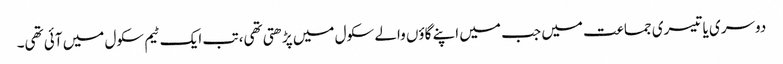
دوسری یا تیسری جماعت میں جب میں اپنے گاؤں والے سکول میں پڑھتی تھی، تب ایک ٹیم سکول میں آئی تھی۔